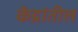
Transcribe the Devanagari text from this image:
केंद्रांतील